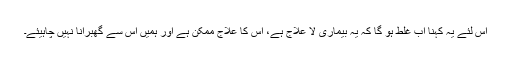
اس لئے یہ کہنا اب غلط ہو گا کہ یہ بیماری لا علاج ہے، اس کا علاج ممکن ہے اور ہمیں اس سے گھبرانا نہیں چاہیئے۔